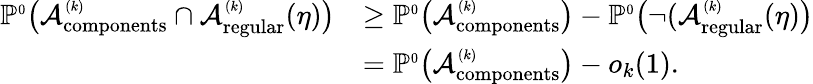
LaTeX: \begin{array}{rl}{\mathbb{P}^{\scriptscriptstyle 0}\big({\mathcal A}_{\mathrm{components}}^{\scriptscriptstyle(k)}\cap{\mathcal A}_{\mathrm{regular}}^{\scriptscriptstyle(k)}(\eta)\big)}&{\ge\mathbb{P}^{\scriptscriptstyle 0}\big({\mathcal A}_{\mathrm{components}}^{\scriptscriptstyle(k)}\big)-\mathbb{P}^{\scriptscriptstyle 0}\big(\neg({\mathcal A}_{\mathrm{regular}}^{\scriptscriptstyle(k)}(\eta)\big)}\\ &{=\mathbb{P}^{\scriptscriptstyle 0}\big({\mathcal A}_{\mathrm{components}}^{\scriptscriptstyle(k)}\big)-o_{k}(1).}\end{array}